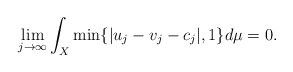
\begin{align*}\lim\limits_{j\to\infty}\int_X\min\{|u_j-v_j-c_j|, 1\}d\mu=0.\end{align*}